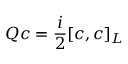
Q c = { \frac { i } { 2 } } [ c , c ] _ { L }